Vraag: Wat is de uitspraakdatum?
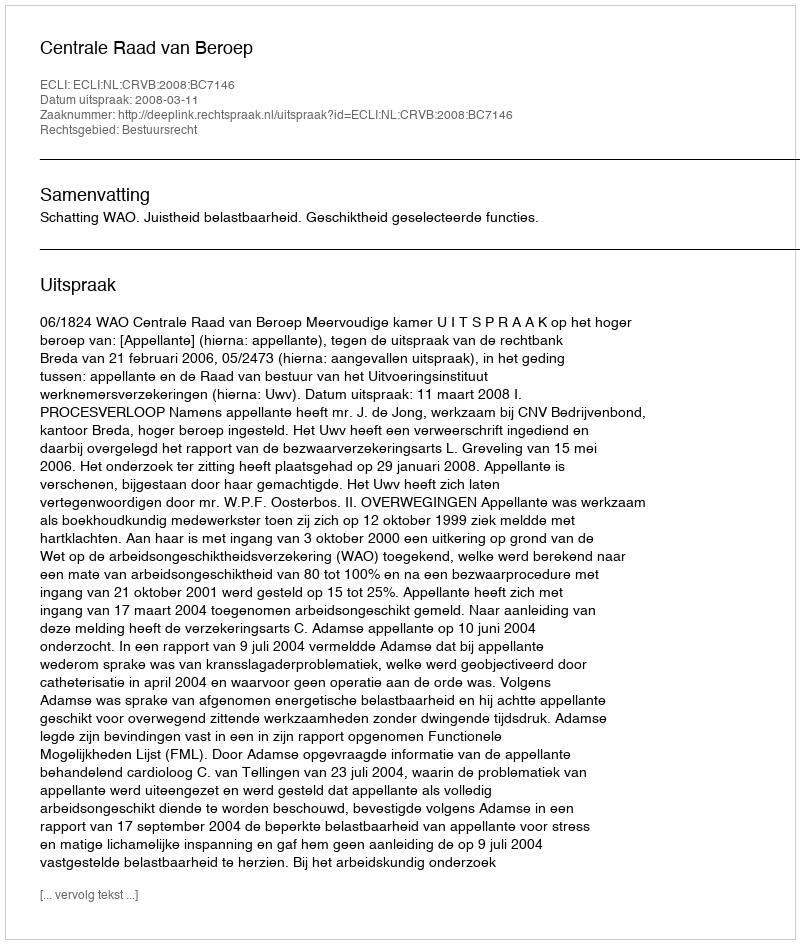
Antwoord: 2008-03-11